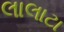
લાલાટા